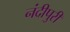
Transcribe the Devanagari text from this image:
नंदीपुरी